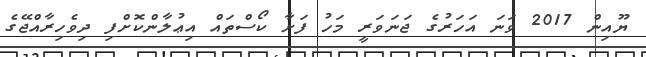
ޔޫއިން 2017 ވަނަ އަހަރުގެ ޖަނަވަރީ މަހު ފަށާ ކޯސްތައް އިޢުލާންކޮށްފި ދިވެހިރާއްޖޭގެ